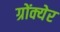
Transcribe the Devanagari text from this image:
ग्रोंक्येर